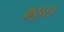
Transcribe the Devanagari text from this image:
अठ्ठारह